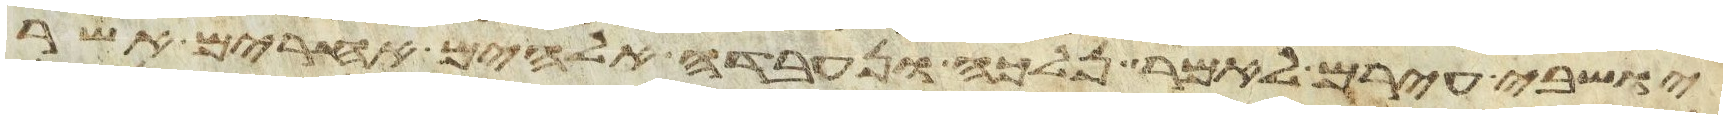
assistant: ישבי עירם לאמר נלכה ונעבדה אלהים אחרים אשר